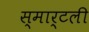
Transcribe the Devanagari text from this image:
स्मार्टली